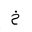
Letter: _kha